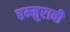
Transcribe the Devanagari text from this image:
हम्मुरावी